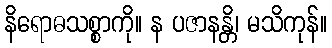
နိရောဓသစ္စာကို။ န ပဇာနန္တိ၊ မသိကုန်။